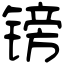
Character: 镑